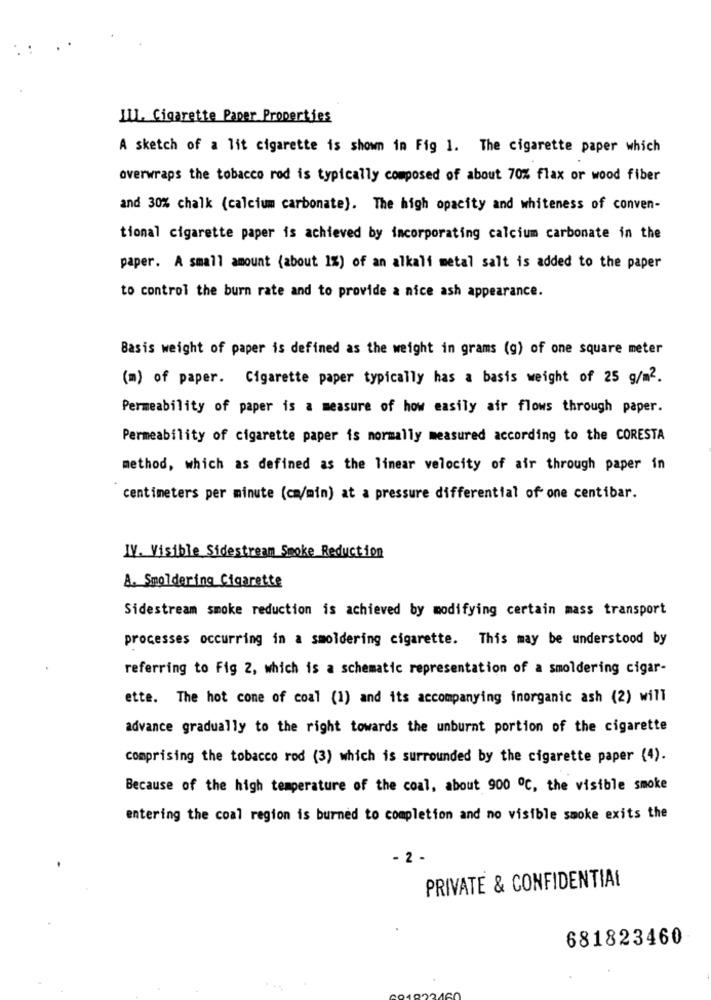
ILL. Cigarette Paper Properties
A sketch of a lit cigarette is shown in Fig 1. The cigarette paper which
overwraps the tobacco rod is typically composed of about 70% flax or wood fiber
and 30% chalk (calcium carbonate). The high opacity and whiteness of conven-
tional cigarette paper is achieved by incorporating calcium carbonate in the
paper. A small amount (about 1%) of an alkali metal salt is added to the paper
to control the burn rate and to provide a nice ash appearance.
Basis weight of paper is defined as the weight in grams (g) of one square meter
(m) of paper. Cigarette paper typically has a basis weight of 25 g/m2.
Permeability of paper is a measure of how easily air flows through paper.
Permeability of cigarette paper is normally measured according to the CORESTA
method, which as defined as the linear velocity of air through paper in
centimeters per minute (ca/min) at a pressure differential of one centibar.
IV. Visible Sidestream Smoke Reduction
A. Smoldering Cigarette
Sidestream smoke reduction is achieved by modifying certain mass transport
processes occurring in a smoldering cigarette. This may be understood by
referring to Fig 2, which is a schematic representation of a smoldering cigar-
ette. The hot come of coal (1) and its accompanying inorganic ash (2) will
advance gradually to the right towards the unburnt portion of the cigarette
comprising the tobacco rod (3) which is surrounded by the cigarette paper (4).
Because of the high temperature of the coal, about 900 ℃, the visible smoke
entering the coal region is burned to completion and no visible smoke exits the
- 2 -
PRIVATE & CONFIDENTIAL
681823460